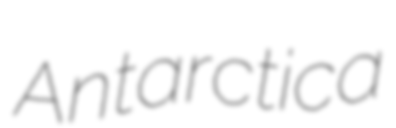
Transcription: Antarctica